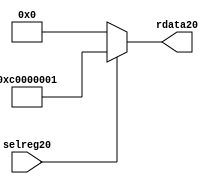
//File20 name   : smc_cfreg_lite20.v
//Title20       : 
//Created20     : 1999
//Description20 : Single20 instance of a config register
//Notes20       : 
//----------------------------------------------------------------------
//   Copyright20 1999-2010 Cadence20 Design20 Systems20, Inc20.
//   All Rights20 Reserved20 Worldwide20
//
//   Licensed20 under the Apache20 License20, Version20 2.0 (the
//   "License20"); you may not use this file except20 in
//   compliance20 with the License20.  You may obtain20 a copy of
//   the License20 at
//
//       http20://www20.apache20.org20/licenses20/LICENSE20-2.0
//
//   Unless20 required20 by applicable20 law20 or agreed20 to in
//   writing, software20 distributed20 under the License20 is
//   distributed20 on an "AS20 IS20" BASIS20, WITHOUT20 WARRANTIES20 OR20
//   CONDITIONS20 OF20 ANY20 KIND20, either20 express20 or implied20.  See
//   the License20 for the specific20 language20 governing20
//   permissions20 and limitations20 under the License20.
//----------------------------------------------------------------------



module smc_cfreg_lite20 (
  // inputs20
  selreg20,

  // outputs20
  rdata20
);


// Inputs20
input         selreg20;               // select20 the register for read/write access

// Outputs20
output [31:0] rdata20;                 // Read data

wire   [31:0] smc_config20;
wire   [31:0] rdata20;


assign rdata20 = ( selreg20 ) ? smc_config20 : 32'b0;
assign smc_config20 =  {1'b1,1'b1,8'h00, 2'b00, 2'b00, 2'b00, 2'b00,2'b00,2'b00,2'b00,8'h01};




endmodule // smc_cfreg20